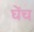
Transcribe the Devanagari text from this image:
घेंच